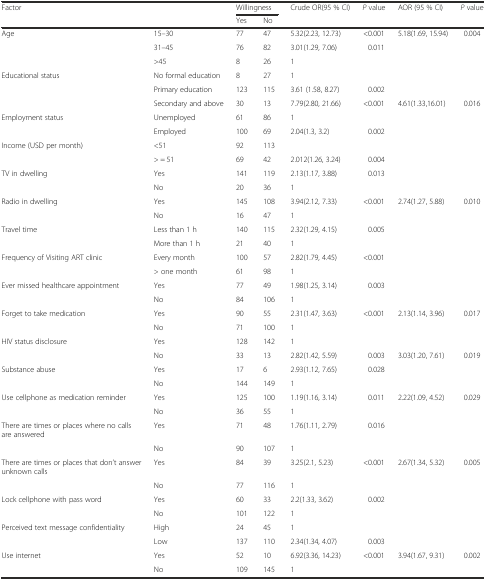
<table><thead><tr><td><b>Factor</b></td><td rowspan="2"></td><td colspan="2"><b>Willingness</b></td><td><b>Crude OR(95 % CI)</b></td><td><b><i>P</i> value</b></td><td><b>AOR (95 % CI)</b></td><td><b><i>P</i> value</b></td></tr><tr><td></td><td><b>Yes</b></td><td><b>No</b></td><td></td><td></td><td></td><td></td></tr></thead><tbody><tr><td>Age</td><td>15–30</td><td>77</td><td>47</td><td>5.32(2.23, 12.73)</td><td>&lt;0.001</td><td>5.18(1.69, 15.94)</td><td>0.004</td></tr><tr><td></td><td>31–45</td><td>76</td><td>82</td><td>3.01(1.29, 7.06)</td><td>0.011</td><td></td><td></td></tr><tr><td></td><td>&gt;45</td><td>8</td><td>26</td><td>1</td><td></td><td></td><td></td></tr><tr><td>Educational status</td><td>No formal education</td><td>8</td><td>27</td><td>1</td><td></td><td></td><td></td></tr><tr><td></td><td>Primary education</td><td>123</td><td>115</td><td>3.61 (1.58, 8.27)</td><td>0.002</td><td></td><td></td></tr><tr><td></td><td>Secondary and above</td><td>30</td><td>13</td><td>7.79(2.80, 21.66)</td><td>&lt;0.001</td><td>4.61(1.33,16.01)</td><td>0.016</td></tr><tr><td>Employment status</td><td>Unemployed</td><td>61</td><td>86</td><td>1</td><td></td><td></td><td></td></tr><tr><td></td><td>Employed</td><td>100</td><td>69</td><td>2.04(1.3, 3.2)</td><td>0.002</td><td></td><td></td></tr><tr><td>Income (USD per month)</td><td>&lt;51</td><td>92</td><td>113</td><td></td><td></td><td></td><td></td></tr><tr><td></td><td>&gt; = 51</td><td>69</td><td>42</td><td>2.012(1.26, 3.24)</td><td>0.004</td><td></td><td></td></tr><tr><td>TV in dwelling</td><td>Yes</td><td>141</td><td>119</td><td>2.13(1.17, 3.88)</td><td>0.013</td><td></td><td></td></tr><tr><td></td><td>No</td><td>20</td><td>36</td><td>1</td><td></td><td></td><td></td></tr><tr><td>Radio in dwelling</td><td>Yes</td><td>145</td><td>108</td><td>3.94(2.12, 7.33)</td><td>&lt;0.001</td><td>2.74(1.27, 5.88)</td><td>0.010</td></tr><tr><td></td><td>No</td><td>16</td><td>47</td><td>1</td><td></td><td></td><td></td></tr><tr><td>Travel time</td><td>Less than 1 h</td><td>140</td><td>115</td><td>2.32(1.29, 4.15)</td><td>0.005</td><td></td><td></td></tr><tr><td></td><td>More than 1 h</td><td>21</td><td>40</td><td>1</td><td></td><td></td><td></td></tr><tr><td>Frequency of Visiting ART clinic</td><td>Every month</td><td>100</td><td>57</td><td>2.82(1.79, 4.45)</td><td>&lt;0.001</td><td></td><td></td></tr><tr><td></td><td>&gt; one month</td><td>61</td><td>98</td><td>1</td><td></td><td></td><td></td></tr><tr><td>Ever missed healthcare appointment</td><td>Yes</td><td>77</td><td>49</td><td>1.98(1.25, 3.14)</td><td>0.003</td><td></td><td></td></tr><tr><td></td><td>No</td><td>84</td><td>106</td><td>1</td><td></td><td></td><td></td></tr><tr><td>Forget to take medication</td><td>Yes</td><td>90</td><td>55</td><td>2.31(1.47, 3.63)</td><td>&lt;0.001</td><td>2.13(1.14, 3.96)</td><td>0.017</td></tr><tr><td></td><td>No</td><td>71</td><td>100</td><td>1</td><td></td><td></td><td></td></tr><tr><td>HIV status disclosure</td><td>Yes</td><td>128</td><td>142</td><td>1</td><td></td><td></td><td></td></tr><tr><td></td><td>No</td><td>33</td><td>13</td><td>2.82(1.42, 5.59)</td><td>0.003</td><td>3.03(1.20, 7.61)</td><td>0.019</td></tr><tr><td>Substance abuse</td><td>Yes</td><td>17</td><td>6</td><td>2.93(1.12, 7.65)</td><td>0.028</td><td></td><td></td></tr><tr><td></td><td>No</td><td>144</td><td>149</td><td>1</td><td></td><td></td><td></td></tr><tr><td>Use cellphone as medication reminder</td><td>Yes</td><td>125</td><td>100</td><td>1.19(1.16, 3.14)</td><td>0.011</td><td>2.22(1.09, 4.52)</td><td>0.029</td></tr><tr><td></td><td>No</td><td>36</td><td>55</td><td>1</td><td></td><td></td><td></td></tr><tr><td>There are times or places where no calls are answered</td><td>Yes</td><td>71</td><td>48</td><td>1.76(1.11, 2.79)</td><td>0.016</td><td></td><td></td></tr><tr><td></td><td>No</td><td>90</td><td>107</td><td>1</td><td></td><td></td><td></td></tr><tr><td>There are times or places that don’t answer unknown calls</td><td>Yes</td><td>84</td><td>39</td><td>3.25(2.1, 5.23)</td><td>&lt;0.001</td><td>2.67(1.34, 5.32)</td><td>0.005</td></tr><tr><td></td><td>No</td><td>77</td><td>116</td><td>1</td><td></td><td></td><td></td></tr><tr><td>Lock cellphone with pass word</td><td>Yes</td><td>60</td><td>33</td><td>2.2(1.33, 3.62)</td><td>0.002</td><td></td><td></td></tr><tr><td></td><td>No</td><td>101</td><td>122</td><td>1</td><td></td><td></td><td></td></tr><tr><td>Perceived text message confidentiality</td><td>High</td><td>24</td><td>45</td><td>1</td><td></td><td></td><td></td></tr><tr><td></td><td>Low</td><td>137</td><td>110</td><td>2.34(1.34, 4.07)</td><td>0.003</td><td></td><td></td></tr><tr><td>Use internet</td><td>Yes</td><td>52</td><td>10</td><td>6.92(3.36, 14.23)</td><td>&lt;0.001</td><td>3.94(1.67, 9.31)</td><td>0.002</td></tr><tr><td></td><td>No</td><td>109</td><td>145</td><td>1</td><td></td><td></td><td></td></tr></tbody></table>